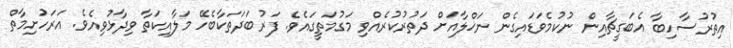
އިތުރުސާހިބާ އެބަގީޗާއިން ނުކުމެވަޑައިގެން ނަޚްލާއަށް ދަތުރުކުރެއްވި މަގުމަތީގައެވެ. ފަރުބަދަތަކާބެހޭ މަލާއިކަތާ ވިދާޅުވިއެވެ. އަރަހުށިމާތް